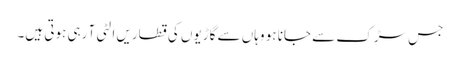
جس سڑک سے جانا ہو وہاں سے گاڑیوں کی قطاریں الٹی آ رہی ہوتی ہیں۔